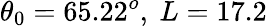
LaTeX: \theta_{0}=65.22^{o},\ L=17.2